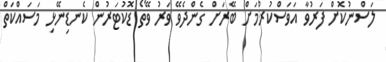
ލަސްނުކޮށް ފަރުވާ އަވަސްކުރުމަށް ބޭރަށް ގެންދެވޭ ވަރު ވޭތޯ ޑޮކުޓަރުން ކެނޑިނޭޅި މަސައްކަތް